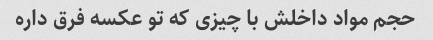
حجم مواد داخلش با چیزی که تو عکسه فرق داره